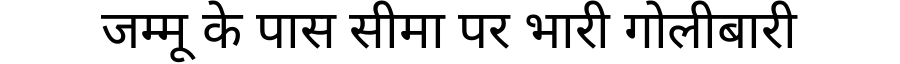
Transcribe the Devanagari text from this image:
जम्मू के पास सीमा पर भारी गोलीबारी